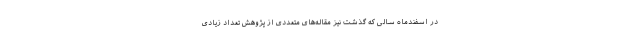
در اسفندماه سالی که گذشت نیز مقاله‌های متعددی از پژوهش تعداد زیادی